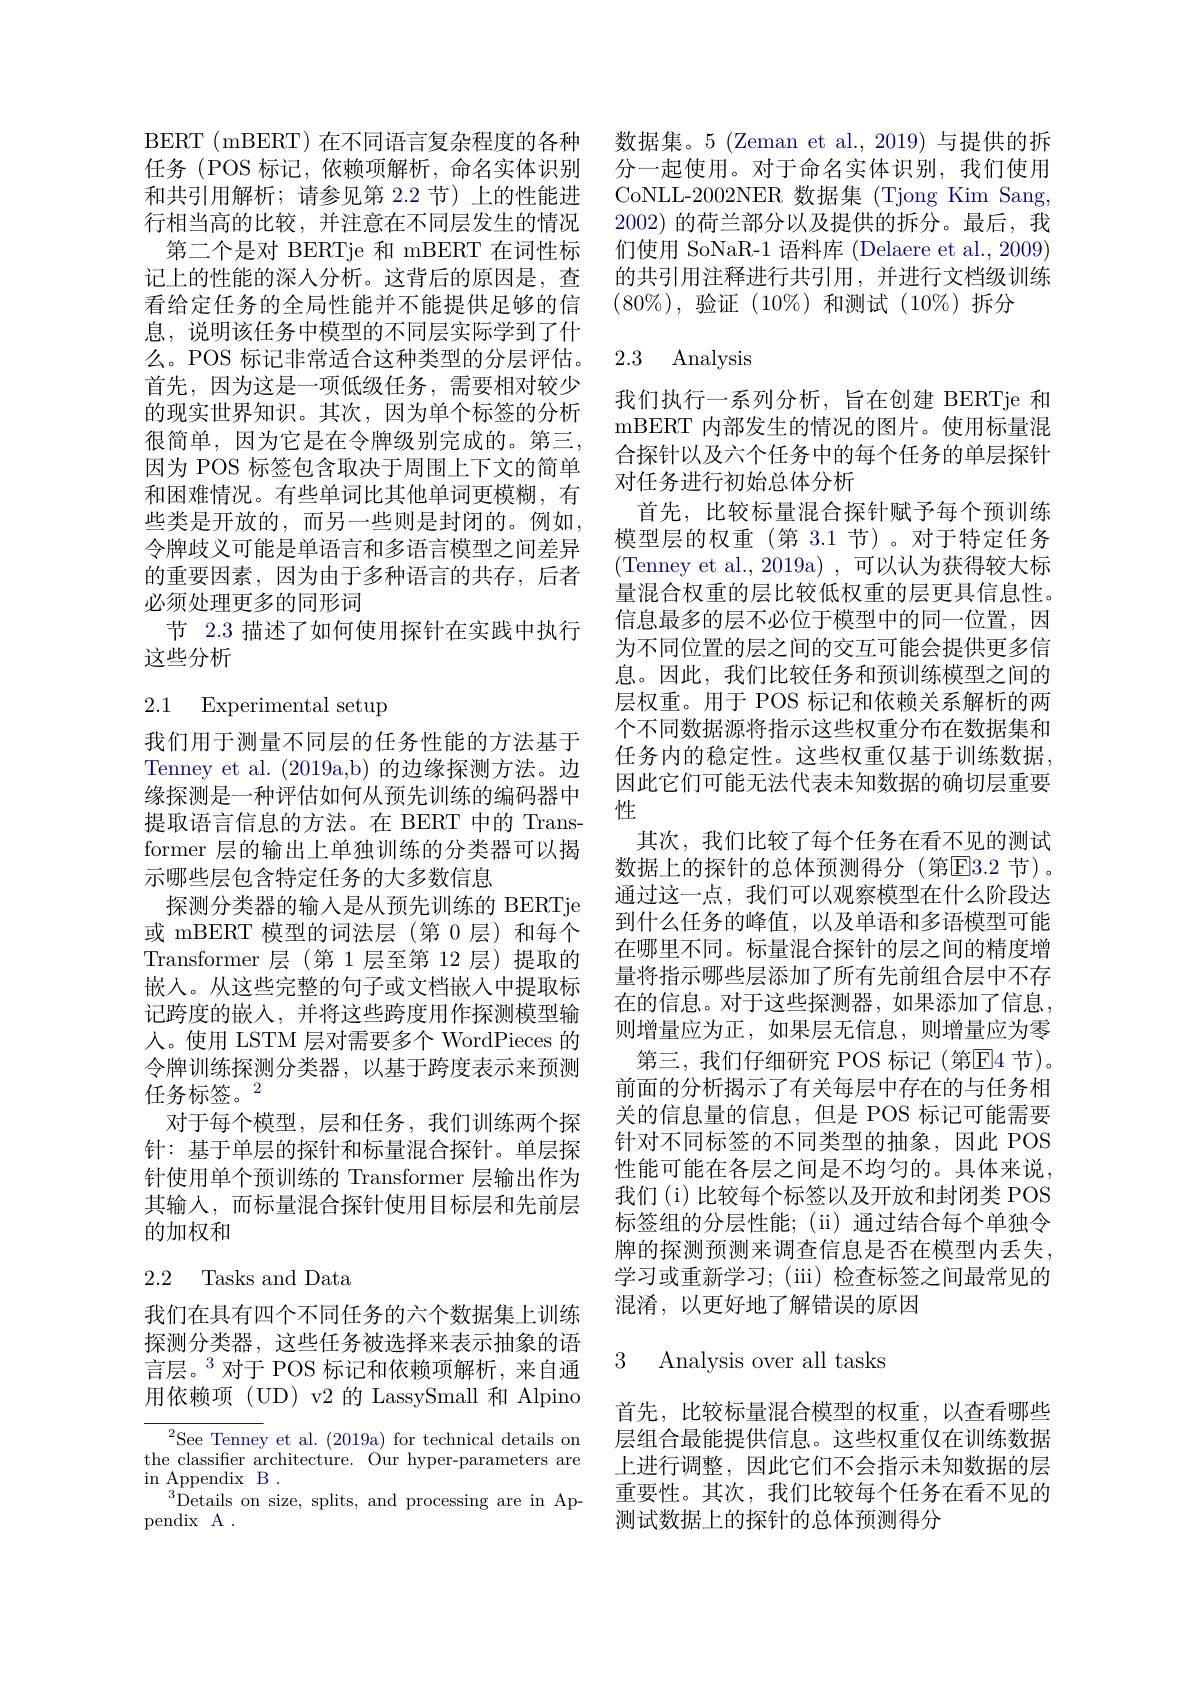
BERT (mBERT)在不同语言复杂程度的各种任务 (POS 标记，依赖项解析，命名实体识别和共引用解析；请参见第 2.2 节) 上的性能进行相当高的比较，并注意在不同层发生的情况第二个是对 BERTje 和 mBERT 在词性标记上的性能的深人分析。这背后的原因是，查看给定任务的全局性能并不能提供足够的信息，说明该任务中模型的不同层实际学到了什么。POS 标记非常适合这种类型的分层评估。首先，因为这是一项低级任务，需要相对较少的现实世界知识。其次，因为单个标签的分析很简单，因为它是在令牌级别完成的。第三， 因为 POS 标签包含取决于周围上下文的简单和困难情况。有些单词比其他单词更模糊，有些类是开放的，而另一些则是封闭的。例如， 令牌歧义可能是单语言和多语言模型之间差异的重要因素，因为由于多种语言的共存，后者必须处理更多的同形词
节 2.3 描述了如何使用探针在实践中执行
这些分析

## 2.1 Experimental setup

我们用于测量不同层的任务性能的方法基于Tenney et al. (2019a,b) 的边缘探测方法。边缘探测是一种评估如何从预先训练的编码器中提取语言信息的方法。在 BERT 中的 Transformer 层的输出上单独训练的分类器可以揭示哪些层包含特定任务的大多数信息
探测分类器的输入是从预先训练的 BERTje 或 mBERT 模型的词法层(第 0 层)和每个Transformer 层(第1层至第 12 层)提取的嵌入。从这些完整的句子或文档嵌入中提取标记跨度的嵌入，并将这些跨度用作探测模型输人。使用 LSTM 层对需要多个 WordPieces 的令牌训练探测分类器，以基于跨度表示来预测任务标签。2
对于每个模型，层和任务，我们训练两个探针：基于单层的探针和标量混合探针。单层探针使用单个预训练的 Transformer 层输出作为其输入，而标量混合探针使用目标层和先前层的加权和

## 2.2 Tasks and Data

我们在具有四个不同任务的六个数据集上训练探测分类器，这些任务被选择来表示抽象的语言层。$^{3}$对于 POS 标记和依赖项解析，来自通用依赖项(UD) v2 的 LassySmall 和 Alpino

$^{2}$See Tenney et al. (2019a) for technical details on the classifier architecture. Our hyper-parameters are in Appendix B .
$^{3}$Details on size, splits, and processing are in Ap-
pendix A .

数据集。5 (Zeman et al.,2019) 与提供的拆分一起使用。对于命名实体识别，我们使用CoNLL-2002NER 数据集 (Tjong Kim Sang, 2002) 的荷兰部分以及提供的拆分。最后，我们使用 SoNaR-1 语料库 (Delaere et al., 2009) 的共引用注释进行共引用，并进行文档级训练$(80\%)$,验证(10%)和测试(10%)拆分

# 2.3 Analysis

我们执行一系列分析，旨在创建 BERTje 和mBERT 内部发生的情况的图片。使用标量混合探针以及六个任务中的每个任务的单层探针对任务进行初始总体分析
首先，比较标量混合探针赋予每个预训练模型层的权重(第 3.1 节)。对于特定任务(Tenney et al., 2019a) , 可以认为获得较大标量混合权重的层比较低权重的层更具信息性。信息最多的层不必位于模型中的同一位置，因为不同位置的层之间的交互可能会提供更多信息。因此，我们比较任务和预训练模型之间的层权重。用于 POS 标记和依赖关系解析的两个不同数据源将指示这些权重分布在数据集和任务内的稳定性。这些权重仅基于训练数据， 因此它们可能无法代表未知数据的确切层重要性
其次，我们比较了每个任务在看不见的测试数据上的探针的总体预测得分(第E[3.2 节)。通过这一点，我们可以观察模型在什么阶段达到什么任务的峰值，以及单语和多语模型可能在哪里不同。标量混合探针的层之间的精度增量将指示哪些层添加了所有先前组合层中不存在的信息。对于这些探测器，如果添加了信息， 则增量应为正，如果层无信息，则增量应为零
第三，我们仔细研究 POS 标记(第E4 节)。前面的分析揭示了有关每层中存在的与任务相关的信息量的信息，但是 POS 标记可能需要针对不同标签的不同类型的抽象，因此 POS 性能可能在各层之间是不均匀的。具体来说， 我们(i)比较每个标签以及开放和封闭类 POS 标签组的分层性能；(ii)通过结合每个单独令牌的探测预测来调查信息是否在模型内丢失， 学习或重新学习；(iii) 检查标签之间最常见的混淆，以更好地了解错误的原因

3 Analysis over all tasks

首先，比较标量混合模型的权重，以查看哪些层组合最能提供信息。这些权重仅在训练数据上进行调整，因此它们不会指示未知数据的层重要性。其次，我们比较每个任务在看不见的测试数据上的探针的总体预测得分